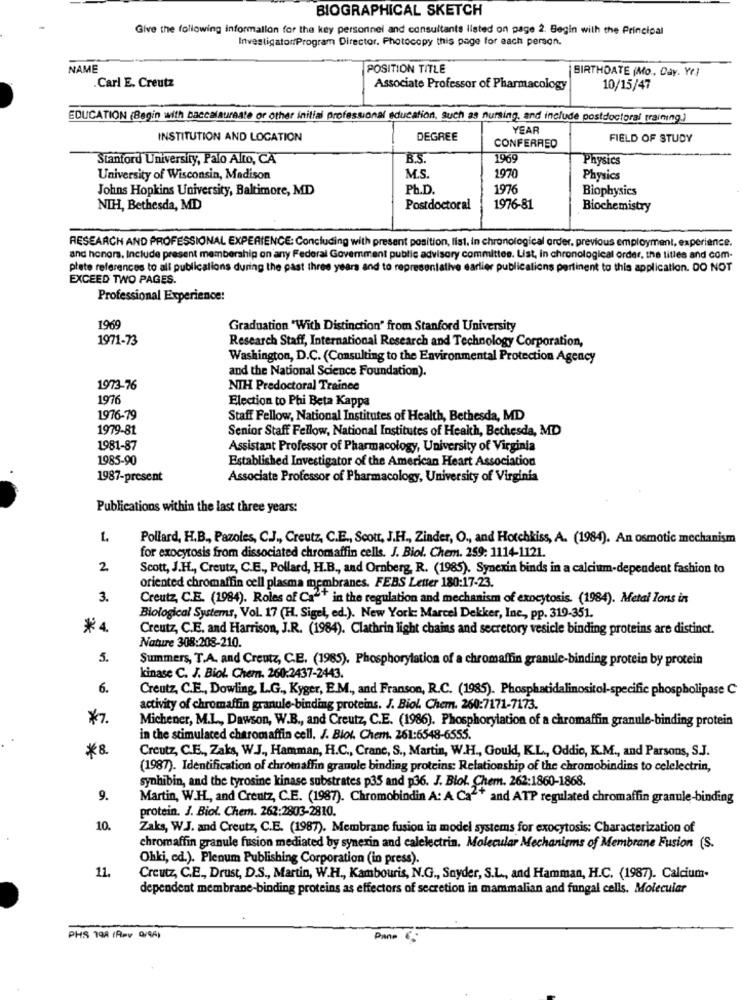
BIOGRAPHICAL SKETCH
Give the following information for the key personnel and consultants listed on page 2. Begin with the Principal
Investigator/Program Director. Photocopy this page for each person.
NAME
POSITION TITLE
BIRTHDATE (Mo, Day. Yr]
.Carl E. Creutz
Associate Professor of Pharmacology
10/15/47
EDUCATION (Begin with baccalaureate or other initial professional education, Such as nursing, and include postdoctoral training.]
YEAR
INSTITUTION AND LOCATION
DEGREE
FIELD OF STUDY
CONFERRED
Stanford University, Palo Alto, CA
B.S.
1969
Physics
University of Wisconsin, Madison
M.S.
1970
Physics
Johns Hopkins University, Baltimore, MD
Ph.D.
1976
Biophysics
NIH, Bethesda, MD
Postdoctoral
1976-81
Biochemistry
RESEARCH AND PROFESSIONAL EXPERIENCE: Concluding with present position, list, in chronological order, previous employment, experience.
and honors, Include present membership on any Federal Government public advisory committee. List, in chronological order, the titles and com-
plate references to all publications during the past three years and to representative earlier publications pertinent to this application. DO NOT
EXCEED TWO PAGES.
Professional Experience:
1969
Graduation "With Distinction" from Stanford University
1971-73
Research Staff, International Research and Technology Corporation,
Washington, D.C. (Consulting to the Environmental Protection Agency
and the National Science Foundation).
1973-76
NIH Predoctoral Trainee
1976
Election to Phi Beta Kappa
1976-79
Staff Fellow, National Institutes of Health, Bethesda, MD
1979-81
Senior Staff Fellow, National Institutes of Health, Bethesda, MD
1981-87
Assistant Professor of Pharmacology, University of Virginia
1985-90
Established Investigator of the American Heart Association
1987-present
Associate Professor of Pharmacology, University of Virginia
Publications within the last three years:
Pollard, H.B ., Pazoles, C.J ., Creutz, C.E ., Scott, J.H ., Zinder, O ., and Hotchkiss, A. (1984). An osmotic mechanism
for exocytosis from dissociated chromaffin cells. J. Biol. Chem. 259: 1114-1121.
2
Scott, J.H ., Creutz, C.E ., Pollard, H.B ., and Ornberg, R. (1985). Synexin binds in a calcium-dependent fashion to
oriented chromaffin cell plasma membranes. FEBS Letter 180:17-23.
3.
Creutz, C.E. (1984). Roles of Ca -* in the regulation and mechanism of exocytosis. (1984). Metal Ions in
Biological Systems, Vol. 17 (H. Sigel, ed.). New York: Marcel Dekker, Inc ., pp. 319-351.
*4
Creutz, C.E. and Harrison, J.R. (1984). Clathrin light chains and secretory vesicle binding proteins are distinct.
Nature 308:208-210.
5.
Summers, T.A. and Creutz, C.E. (1985). Phosphorylation of a chromaffin granule-binding protein by protein
kinase C. J. Biol. Chem. 260:2437-2443.
6.
Creutz, C.E ., Dowling, L.G ., Kyger, E.M ., and Franson, R.C. (1985). Phosphatidalinositol-specific phospholipase C
activity of chromaffin granule-binding proteins. J. Biol. Chem. 260:7171-7173.
*7.
Michener, M.L ., Dawson, W.B ., and Creutz, C.E. (1986). Phosphorylation of a chromaffin granule-binding protein
in the stimulated charomaffin cell. J. Biol. Chem. 261:6548-6555.
*8
Creutz, C.E ., Zaks, W.J ., Hamman, H.C ., Crane, S ., Martin, W.H ., Gould, K.L ., Oddio, K.M ., and Parsons, S.J.
(1987). Identification of chromaffin granule binding proteins: Relationship of the chromobindins to celelectrin,
synhibin, and the tyrosine kinase substrates p35 and p36. J. Blol. Chem. 262:1860-1868.
9.
Martin, W.H ., and Creutz, C.E. (1987). Chromobindin A: A Ca2+ and ATP regulated chromaffin granule-binding
protein. J. Biol. Chem. 262:2803-2810.
10.
Zaks, W.J. and Creutz, C.E. (1987). Membrane fusion in model systems for exocytosis: Characterization of
chromaffin granule fusion mediated by synerin and calelectrin. Molecular Mechanisms of Membrane Fusion (S.
Ohki, ed.). Plenum Publishing Corporation (in press).
11.
Creutz, C.E ., Drust, D.S ., Martin, W.H ., Kambouris, N.G ., Snyder, S.L ., and Hamman, H.C. (1987). Calcium-
dependent membrane-binding proteins as effectors of secretion in mammalian and fungal cells. Molecular
PHS 199 ( Ppv 0/95)
Pane 6.